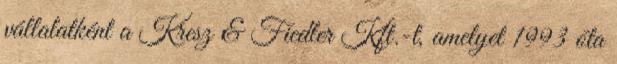
vállalatként a Kresz & Fiedler Kft.-t, amelyet 1993 óta